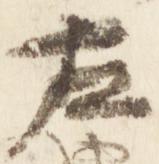
左